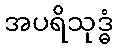
အပရိသုဒ္ဓံ